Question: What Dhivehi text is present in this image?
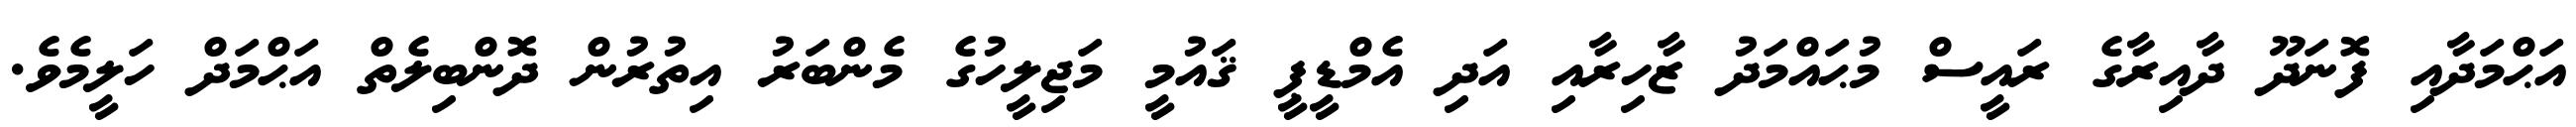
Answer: އަޙްމަދާއި ފޮނަދޫ ދާއިރާގެ ރައީސް މުޙައްމަދު ޒާހިރާއި އަދި އެމްޑީޕީ ޤައުމީ މަޖިލީހުގެ މެންބަރު އިތުރުން ދޮންބިލެތް އަޙްމަދް ހަލީމެވެ.